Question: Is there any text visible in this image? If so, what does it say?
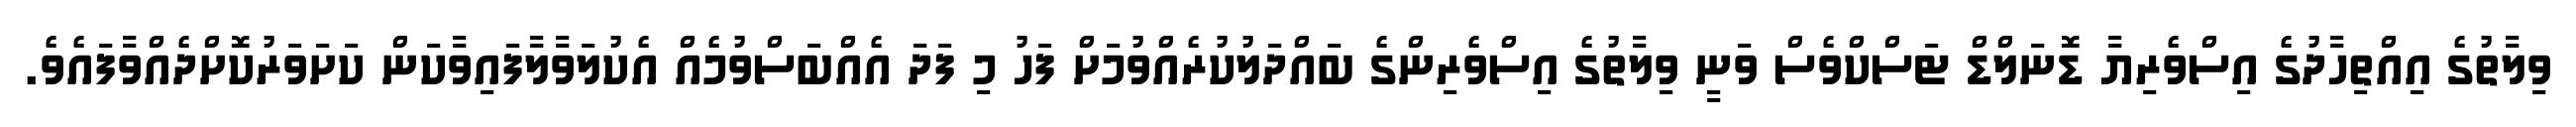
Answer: ވިލާތުގެ އިއްތިހާދުގެ އިސްވެރިޔާ ޑޮނަލްޑް ޓަސްކްވެސް ވަނީ ވިލާތުގެ އިސްވެރިންގެ ބައްދަލުކުރެއްވުމަށް ފަހު މި ފަދަ އެއްބަސްވުމެއް އެކުލަވާލާފައިވާކަން ކަށަވަރުކޮށްދެއްވާފައެވެ.